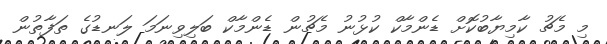
މި މެޗު ކާމިޔާބުކޮށް ޑެންމާކް ކުޅުނު މެޗުން ޑެންމާކް ބަލިވިނަމަ ލަނޑުގެ ތަފާތުން